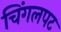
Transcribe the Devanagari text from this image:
चिंगलपट